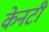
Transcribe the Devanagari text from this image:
केनटी